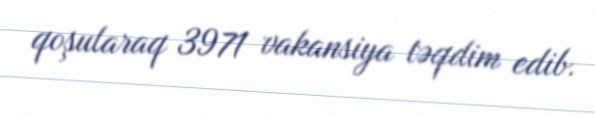
qoşularaq 3971 vakansiya təqdim edib.